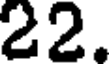
22.